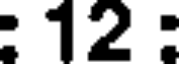
: 12 :